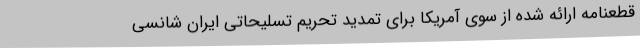
قطعنامه ارائه شده از سوی آمریکا برای تمدید تحریم تسلیحاتی ایران شانسی